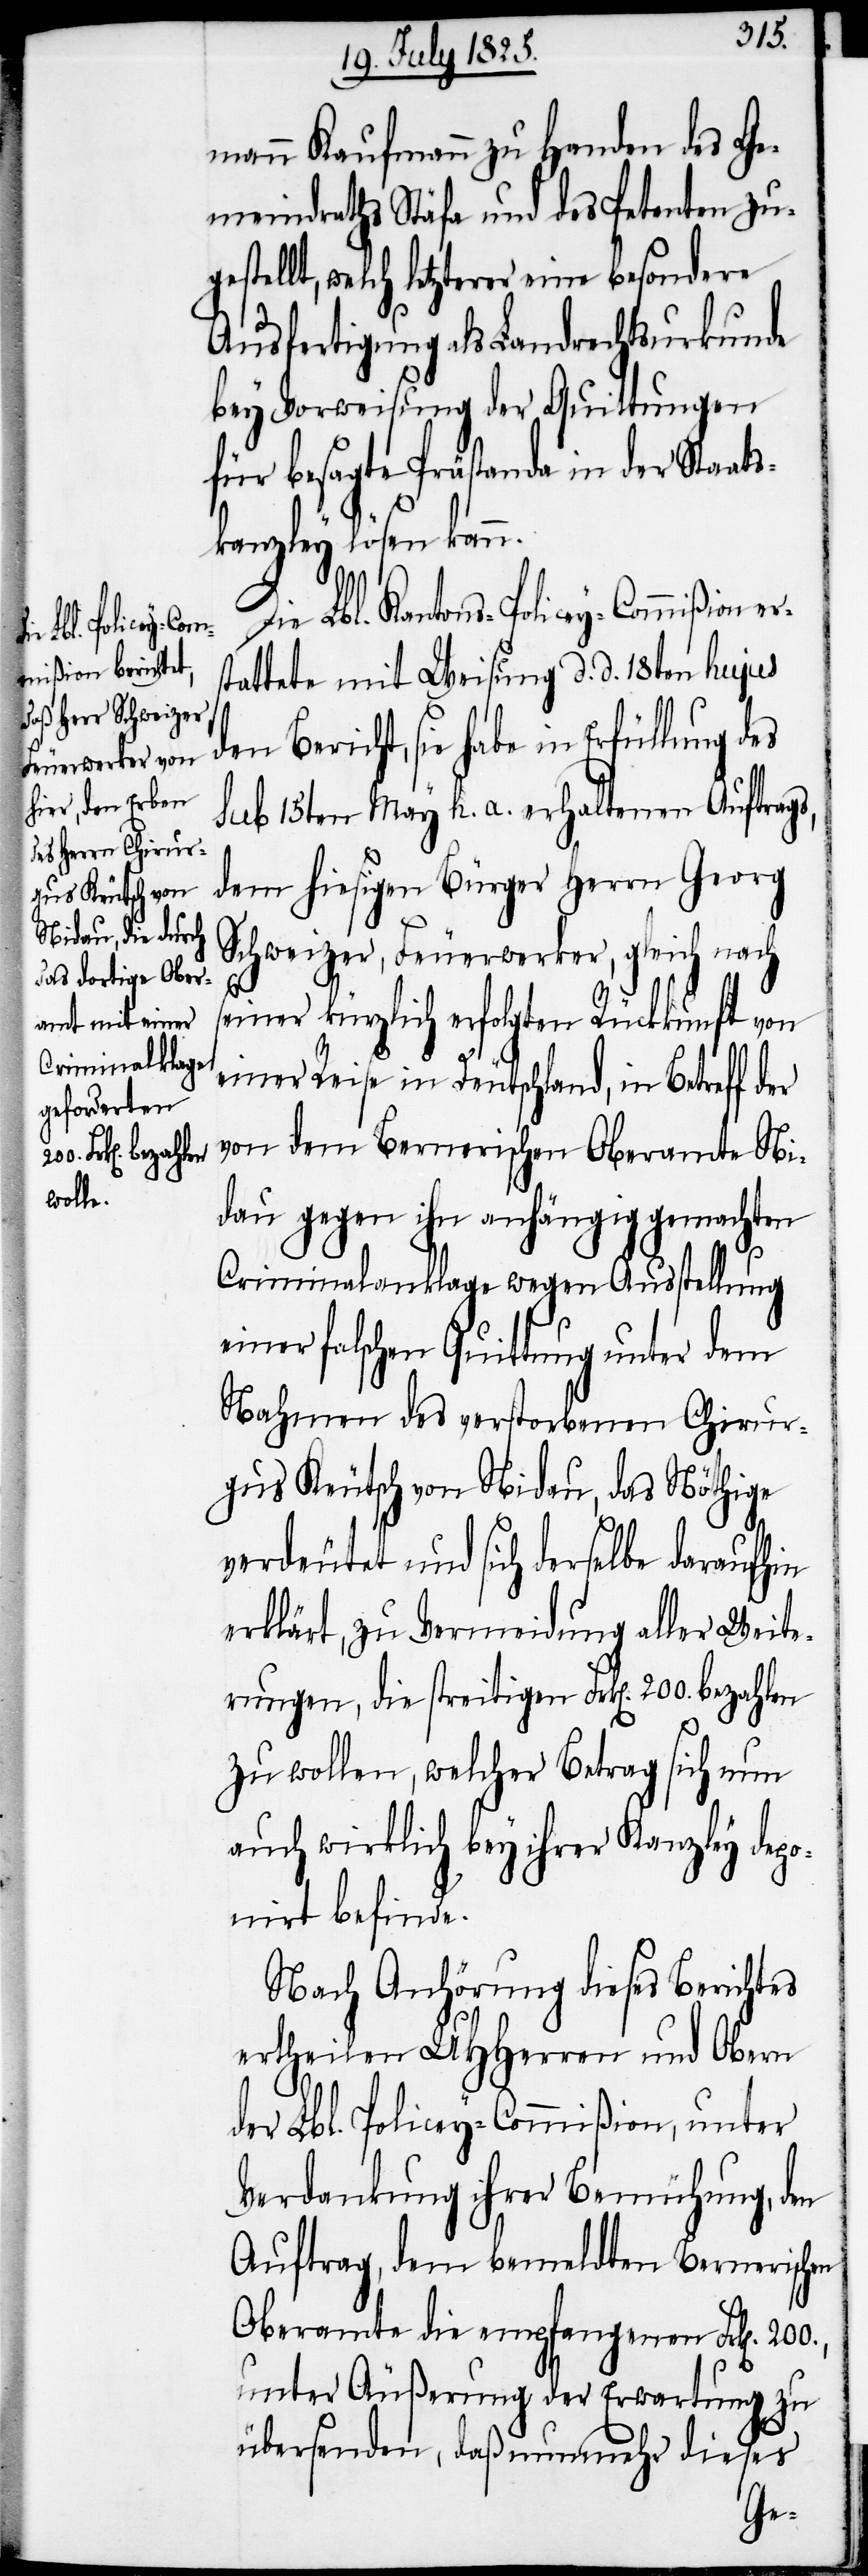
den Bericht,

mann Kaufmann zu Handen des Ge¬
meindraths Stäfa und des Petenten zug¬
estellt, welch letzterer eine besondere
Ausfertigung als Landrechtsurkunde
bey Vorweisung der Quittungen
für besagte Prästanda in der Staa¬
tskanzley lösen kann.
Die Lbl. Kantons-Policey-Commißion e¬
tattete mit Weisung d. d. 18ten hujus
Sub 15ten May h. a. erhaltenen Auftrags,
dem hiesigen Bürger Herrn Georg
Schweizer, Feuerwerker, gleich nach
rs¬
seiner kürzlich erfolgten Rückkunft von
einer Reise in Deutschland, in Betreff der
von dem Bernerischen Oberamte Ni¬
dau gegen ihn anhängig gemachten
Criminalanklage wegen Ausstellung
einer falschen Quittung unter dem
Nahmen des verstorbenen Chirur¬
gus Keutsch von Nidau, das Nöthige
verdeutet und sich derselbe daraufhin
erklärt, zu Vermeidung aller Weite¬
rungen, die streitigen Frk[en]. 200. bezahlen
zu wollen, welcher Betrag sich nun
auch wirklich bey ihrer Kanzley depo¬
nirt befinde.
Nach Anhörung dieses Berichtes
ertheilen UHHerren und Obern
der Lbl. Policey-Commißion, unter
Verdankung ihrer Bemühung, den
Auftrag, dem bemeldten Bernerischen
Oberamte die empfangenen Frk[en].
unter Äußerung der Erwartung zu
übersenden, daß nunmehr dieses